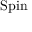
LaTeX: \operatorname { S p i n }